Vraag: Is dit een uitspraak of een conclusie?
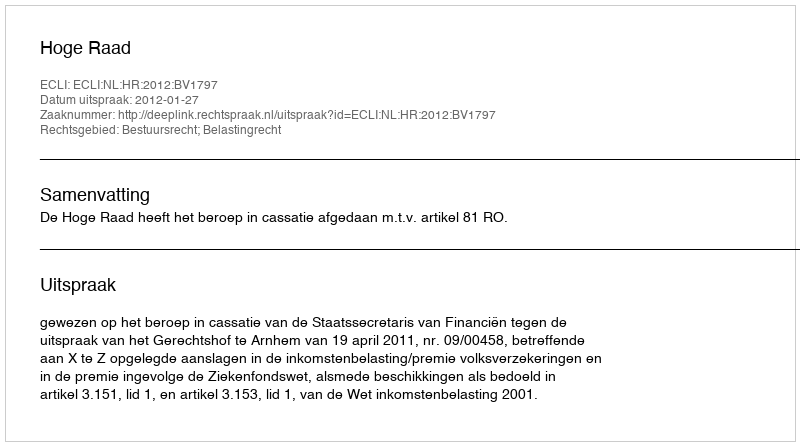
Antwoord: Uitspraak